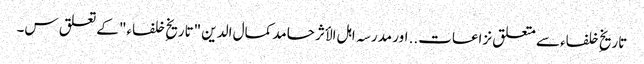
تاریخِ خلفاء سے متعلق نزاعات.. اور مدرسہ اہل الأثر حامد کمال الدین "تاریخِ خلفاء" کے تعلق س۔